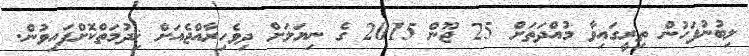
ލިބުނުފަހުން ތިރީގައިވާ މުއްދަތަށް 25 ޖޫން 2015 ގެ ނިޔަލަށް ދިވެހިރާއްޖެއަށް ޚިދުމަތްކޮށްފައިވުން.